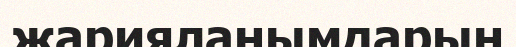
жарияланымдарын